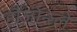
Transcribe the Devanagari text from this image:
हौजोन्त्ले